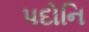
પદોનિ